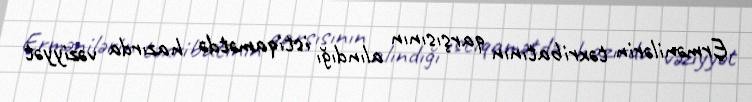
Ermənilərin təxribatının qarşısının alındığı istiqamətdə hazırda vəziyyət